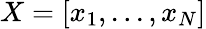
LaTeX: X=[x_{1},...,x_{N}]